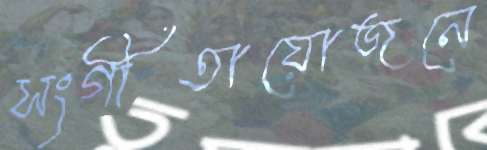
সংগীতায়োজনে